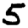
Digit: 5